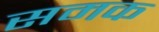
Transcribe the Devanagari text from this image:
समक